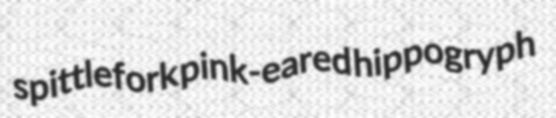
spittlefork pink-eared hippogryph